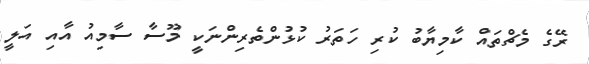
ރޭގެ މެޗްތައް ކާމިޔާބު ކުރި ހަތަރު ކުޅުންތެރިންނަކީ މޫސާ ސާމިއު އާއި އަލީ